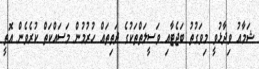
ޝަމާއު ވިދާޅުވީ މިވަގުތު ބަޖެޓާއި ވަސީލަތްތަކުގެ ދަތިތައް ހުރުމުން މަސައްކަތް ކުރެވެން އޮތީ